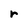
Character: r